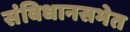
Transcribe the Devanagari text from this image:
संविधानसभेत